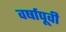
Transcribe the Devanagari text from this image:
वर्षापूवी